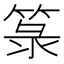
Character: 箓